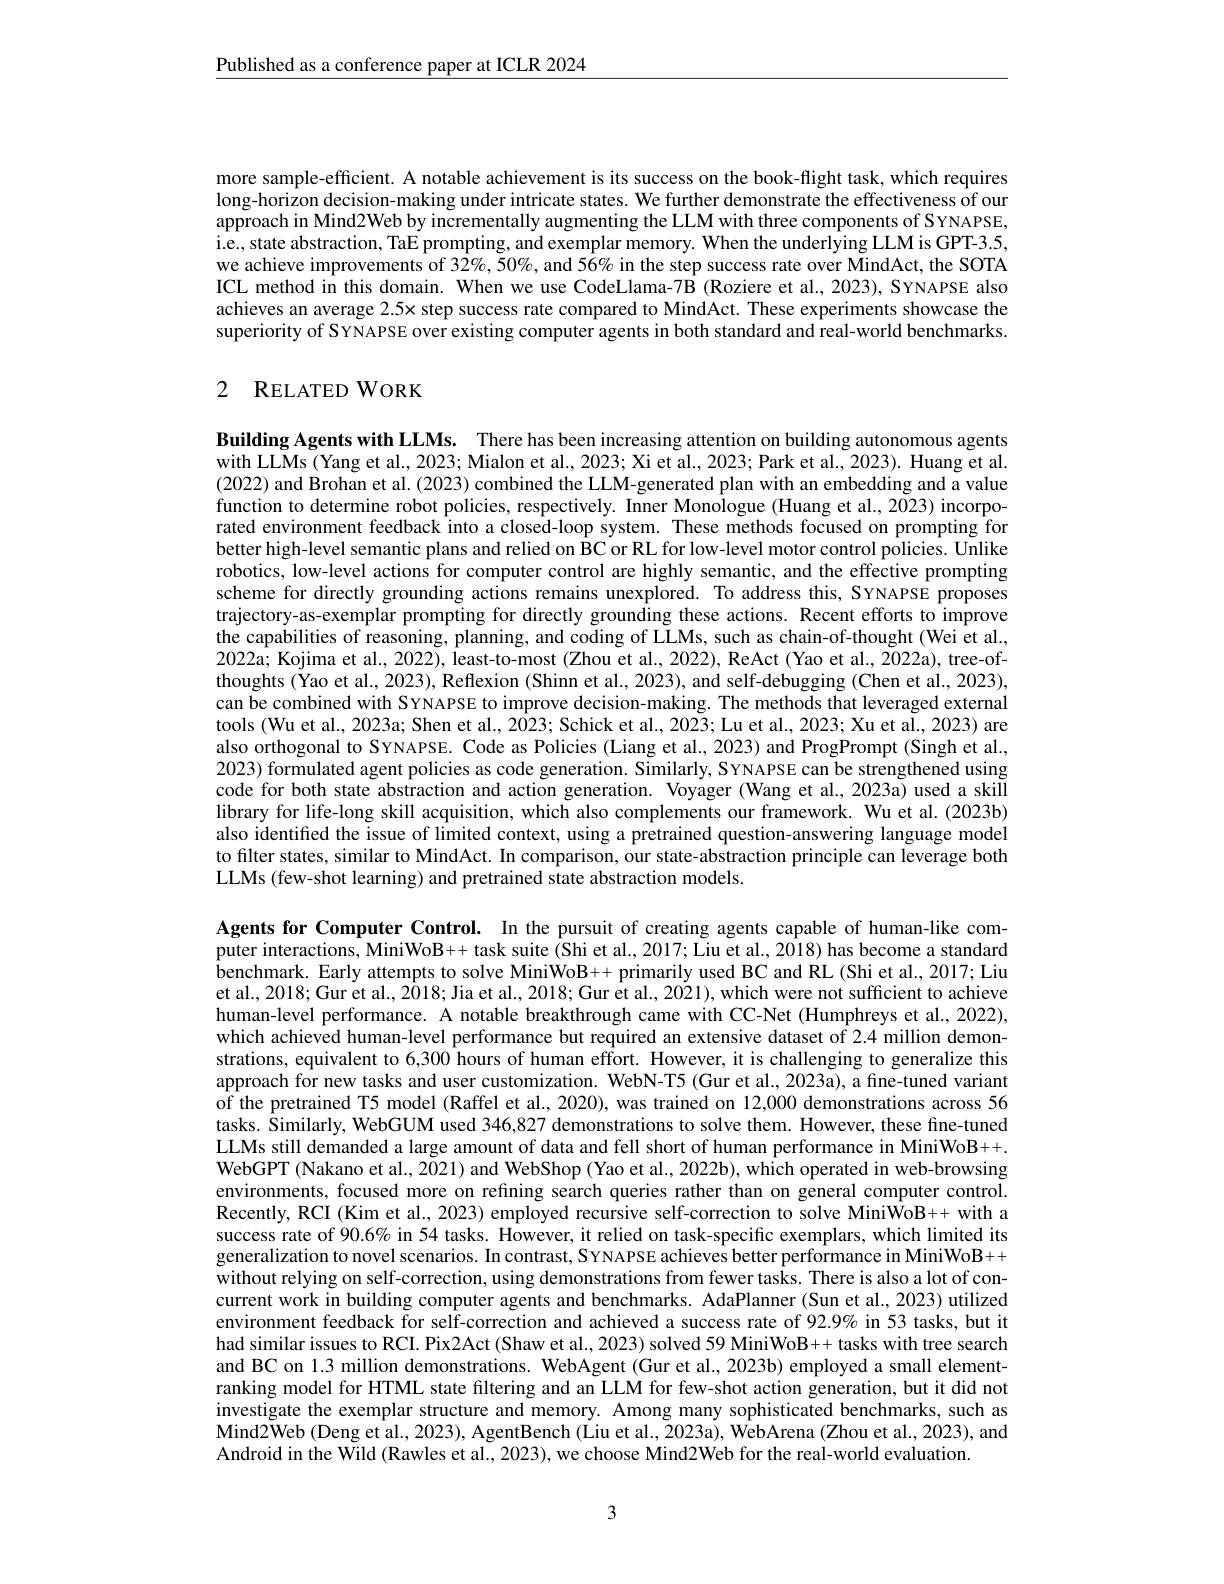
$\underline{\text{Published as a conference paper at ICLR 2024}}$

more sample-efficient. A notable achievement is its success on the book-flight task, which requires long-horizon decision-making under intricate states. We further demonstrate the effectiveness of our approach in Mind2Web by incrementally augmenting the LLM with three components of SYNAPSE, i.e, state abstraction, TaE prompting, and exemplar memory. When the underlying LLM is GPT-3.5, we achieve improvements of 32%, 50%, and 56% in the step success rate over MindAct, the SOTA ICL method in this domain. When we use CodeLlama-7B (Roziere et al., 2023), SYNAPSE also achieves an average $2.5x$ step success rate compared to MindAct. These experiments showcase the superiority of SYNAPSE over existing computer agents in both standard and real-world benchmarks.

## 2 RELATEDWORK

Building Agents with LLMs. There has been increasing attention on building autonomous agents with LLMs (Yang et al., 2023; Mialon et al., 2023; Xi et al., 2023; Park et al., 2023). Huang et al. (2022) and Brohan et al. (2023) combined the LLM-generated plan with an embedding and a value function to determine robot policies, respectively. Inner Monologue (Huang et al., 2023) incorporated environment feedback into a closed-loop system. These methods focused on prompting for better high-level semantic plans and relied on BC or RL for low-level motor control policies. Unlike robotics, low-level actions for computer control are highly semantic, and the effective prompting scheme for directly grounding actions remains unexplored. To address this, SYNAPSE proposes trajectory-as-exemplar prompting for directly grounding these actions. Recent efforts to improve the capabilities of reasoning, planning, and coding of LLMs, such as chain-of-thought (Wei et al, 2022a; Kojima et al., 2022), least-to-most (Zhou et al., 2022), ReAct (Yao et al., 2022a), tree-ofthoughts (Yao et al., 2023), Reflexion (Shinn et al., 2023), and self-debugging (Chen et al., 2023), can be combined with SYNAPSE to improve decision-making. The methods that leveraged external tools (Wu et al., 2023a; Shen et al., 2023; Schick et al., 2023; Lu et al., 2023; Xu et al., 2023) are also orthogonal to SYNAPSE. Code as Policies (Liang et al., 2023) and ProgPrompt (Singh et al., 2023) formulated agent policies as code generation. Similarly, SYNAPSE can be strengthened using code for both state abstraction and action generation. Voyager (Wang et al. 2023a) used a skill library for life-long skill acquisition, which also complements our framework. Wu et al.(2023b) also identified the issue of limited context, using a pretrained question-answering language model to filter states, similar to MindAct. In comparison, our state-abstraction principle can leverage both LLMs (few-shot learning) and pretrained state abstraction models.

Agents for Computer Control. In the pursuit of creating agents capable of human-like computer interactions, MiniWoB+ task suite (Shi et al., 2017; Liu et al., 2018) has become a standard benchmark. Early attempts to solve MiniWoB++ primarily used BC and RL (Shi et al., 2017; Liu et al., 2018; Gur et al., $\hat{20}$18; Jia et al., 2018; Gur et al., 2021), which were not sufficient to achieve human-level performance. A notable breakthrough came with CC-Net (Humphreys et al., 2022), which achieved human-level performance but required an extensive dataset of 2.4 million demonstrations, equivalent to 6,300 hours of human effort. However, it is challenging to generalize this approach for new tasks and user customization. WebN-T5 (Gur et al., 2023a), a fine-tuned variant of the pretrained T5 model (Raffel et al., 2020), was trained on 12,000 demonstrations across 56 tasks. Similarly, WebGUM used 346,827 demonstrations to solve them. However, these fine-tuned LLMs still demanded a large amount of data and fell short of human performance in MiniWoB++. WebGPT (Nakano et al., 2021) and WebShop (Yao et al., 2022b), which operated in web-browsing environments, focused more on refning search queries rather than on general computer control. Recently, RCI (Kim et al., 2023) employed recursive self-correction to solve MiniWoB++ with a success rate of 90.6% in 54 tasks. However, it relied on task-specific exemplars, which limited its generalization to novel scenarios. In contrast, SYNAPSE achieves better performance in MiniWoB++ without relying on self-correction, using demonstrations from fewer tasks. There is also a lot of concurrent work in building computer agents and benchmarks. AdaPlanner (Sun et al., 2023) utilized environment feedback for self-correction and achieved a success rate of 92.9% in 53 tasks, but it had similar issues to RCI. Pix2Act (Shaw et al., 2023) solved 59 MiniWoB++ tasks with tree search and BC on 1.3 million demonstrations. WebAgent (Gur et al., 2023b) employed a small elementranking model for HTML state filtering and an LLM for few-shot action generation, but it did not investigate the exemplar structure and memory. Among many sophisticated benchmarks, such as Mind2Web (Deng et al., 2023), AgentBench (Liu et al., 2023a), WebArena (Zhou et al., 2023), and Android in the Wild (Rawles et al., 2023), we choose Mind2Web for the real-world evaluation.

3